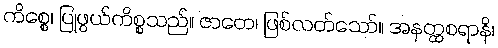
ကိစ္စေ၊ ပြုဖွယ်ကိစ္စသည်။ ဇာတေ၊ ဖြစ်လတ်သော်။ အနတ္ထစရာနိ၊